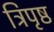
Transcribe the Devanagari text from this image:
त्रिपृष्ठ